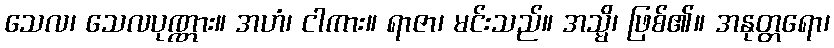
သေလ၊ သေလပုဏ္ဏား။ အဟံ၊ ငါကား။ ရာဇာ၊ မင်းသည်။ အသ္မိ၊ ဖြစ်၏။ အနုတ္တရော၊